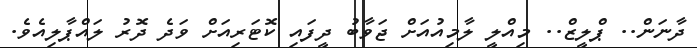
ދާނަން.. ޕްލީޒް.. މިއްލީ ލާމިއުއަށް ޖަވާބު ދީފައި ކޮޓަރިއަށް ވަދެ ދޮރު ލައްޕާލިއެވެ.